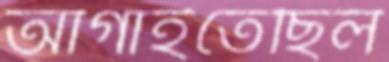
আগাইতেছিল